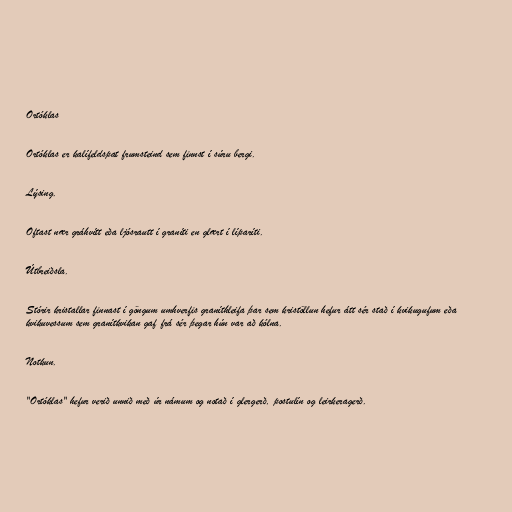
Ortóklas

Ortóklas er kalífeldspat frumsteind sem finnst í súru bergi.

Lýsing.

Oftast nær gráhvítt eða ljósrautt í graníti en glært í líparíti.

Útbreiðsla.

Stórir kristallar finnast í göngum umhverfis graníthleifa þar sem kristöllun hefur átt sér stað í kvikugufum eða
kvikuvessum sem granítkvikan gaf frá sér þegar hún var að kólna.

Notkun.

"Ortóklas" hefur verið unnið með úr námum og notað í glergerð, postulín og leirkeragerð.